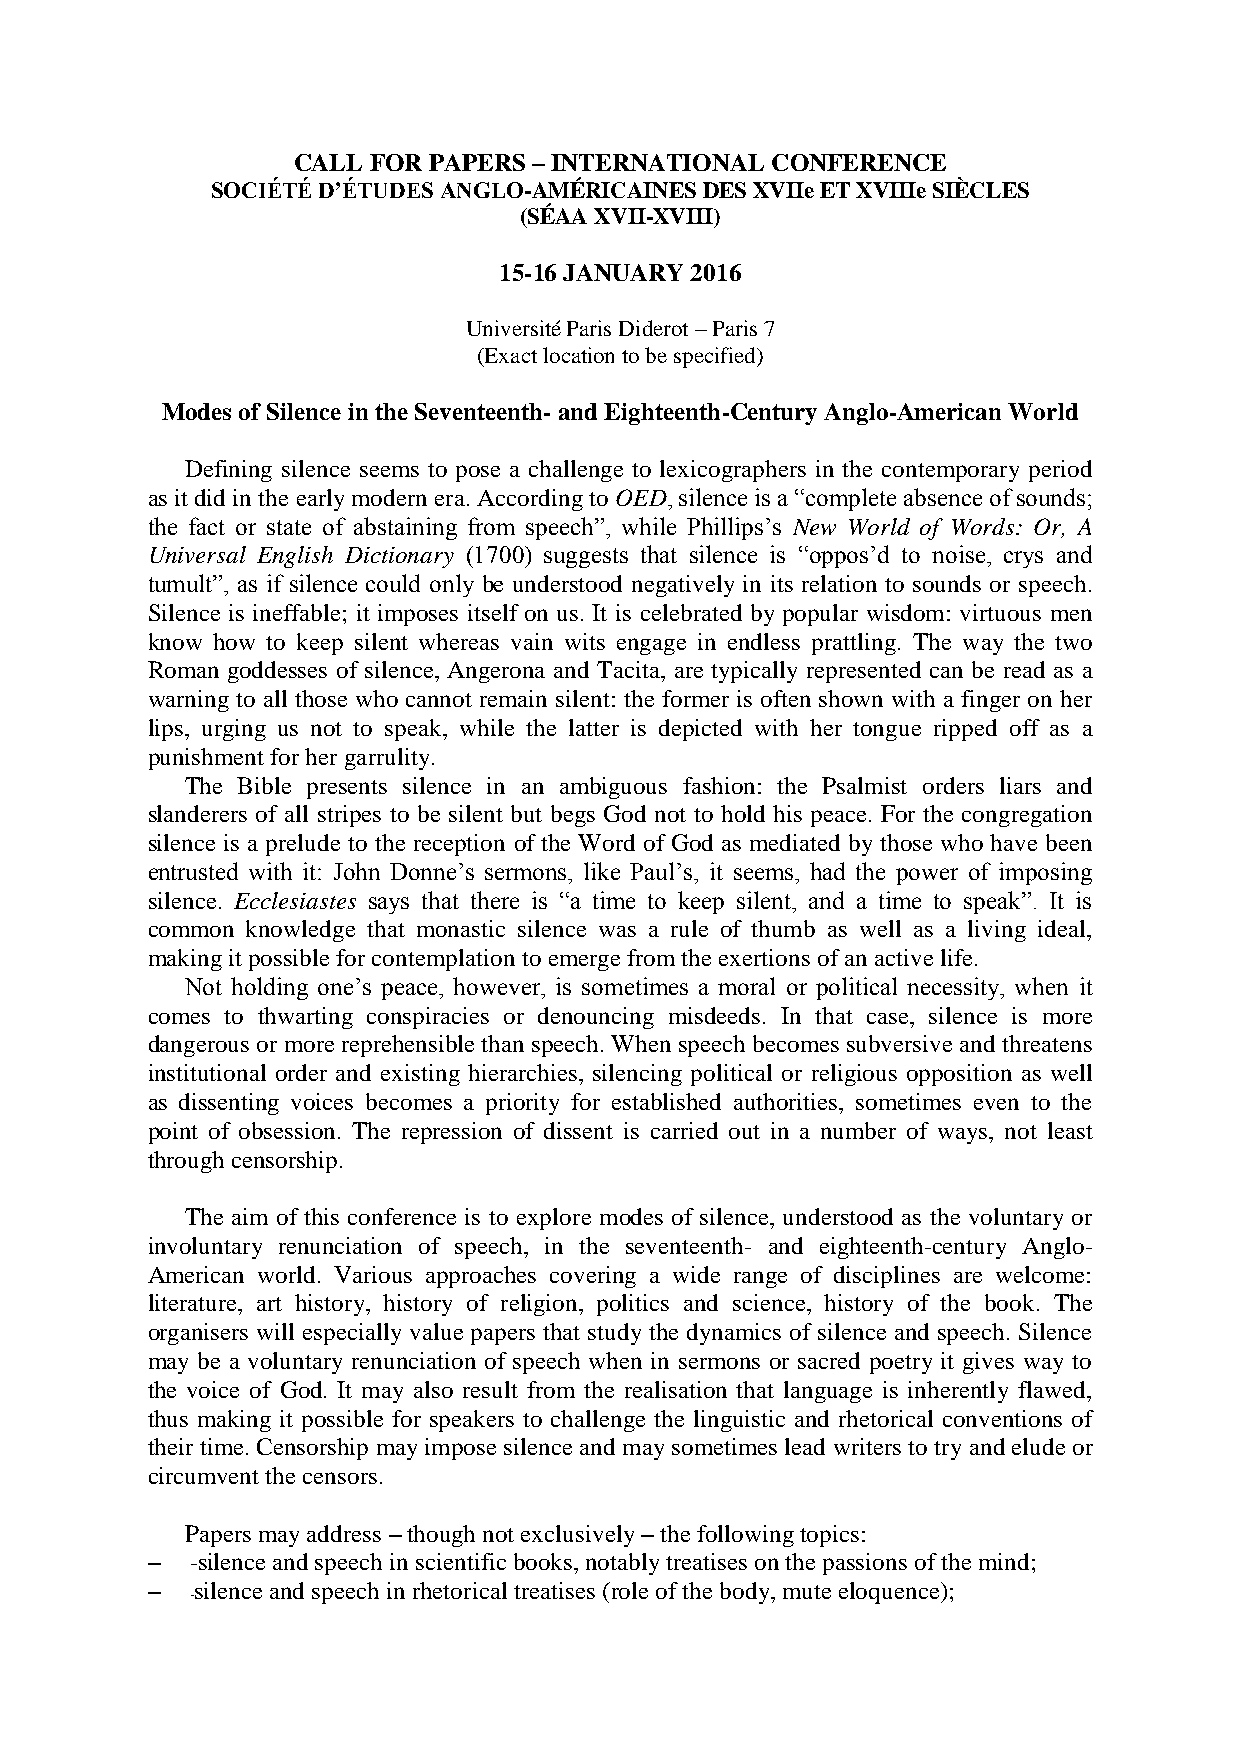
CALL FOR PAPERS – INTERNATIONAL CONFERENCE
 SOCIÉTÉ D’ÉTUDES ANGLO-AMÉRICAINES DES XVIIe ET XVIIIe SIÈCLES
 (SÉAA XVII-XVIII)
 15-16 JANUARY 2016
 Université Paris Diderot – Paris 7
 (Exact location to be specified)
 Modes of Silence in the Seventeenth- and Eighteenth-Century Anglo-American World
 Defining silence seems to pose a challenge to lexicographers in the contemporary period
 as it did in the early modern era. According to OED, silence is a “complete absence of sounds;
 the fact or state of abstaining from speech”, while Phillips’s New World of Words: Or, A
 Universal English Dictionary (1700) suggests that silence is “oppos’d to noise, crys and
 tumult”, as if silence could only be understood negatively in its relation to sounds or speech.
 Silence is ineffable; it imposes itself on us. It is celebrated by popular wisdom: virtuous men
 know how to keep silent whereas vain wits engage in endless prattling. The way the two
 Roman goddesses of silence, Angerona and Tacita, are typically represented can be read as a
 warning to all those who cannot remain silent: the former is often shown with a finger on her
 lips, urging us not to speak, while the latter is depicted with her tongue ripped off as a
 punishment for her garrulity.
 The Bible presents silence in an ambiguous fashion: the Psalmist orders liars and
 slanderers of all stripes to be silent but begs God not to hold his peace. For the congregation
 silence is a prelude to the reception of the Word of God as mediated by those who have been
 entrusted with it: John Donne’s sermons, like Paul’s, it seems, had the power of imposing
 silence. Ecclesiastes says that there is “a time to keep silent, and a time to speak”. It is
 common knowledge that monastic silence was a rule of thumb as well as a living ideal,
 making it possible for contemplation to emerge from the exertions of an active life.
 Not holding one’s peace, however, is sometimes a moral or political necessity, when it
 comes to thwarting conspiracies or denouncing misdeeds. In that case, silence is more
 dangerous or more reprehensible than speech. When speech becomes subversive and threatens
 institutional order and existing hierarchies, silencing political or religious opposition as well
 as dissenting voices becomes a priority for established authorities, sometimes even to the
 point of obsession. The repression of dissent is carried out in a number of ways, not least
 through censorship.
 The aim of this conference is to explore modes of silence, understood as the voluntary or
 involuntary renunciation of speech, in the seventeenth- and eighteenth-century Anglo-
 American world. Various approaches covering a wide range of disciplines are welcome:
 literature, art history, history of religion, politics and science, history of the book. The
 organisers will especially value papers that study the dynamics of silence and speech. Silence
 may be a voluntary renunciation of speech when in sermons or sacred poetry it gives way to
 the voice of God. It may also result from the realisation that language is inherently flawed,
 thus making it possible for speakers to challenge the linguistic and rhetorical conventions of
 their time. Censorship may impose silence and may sometimes lead writers to try and elude or
 circumvent the censors.
 Papers may address – though not exclusively – the following topics:
 –  -silence and speech in scientific books, notably treatises on the passions of the mind;
 –  silence and speech in rhetorical treatises (role of the body, mute eloquence);
 -